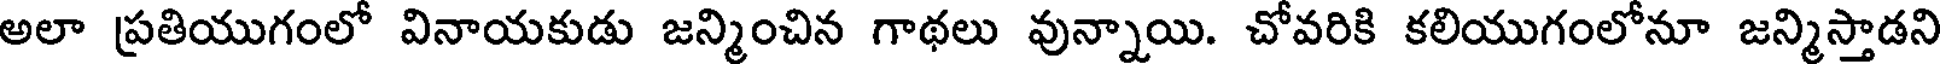
అలా ప్రతియుగంలో వినాయకుడు జన్మించిన గాథలు వున్నాయి. చోవరికి కలియుగంలోనూ జన్మిస్తాడని